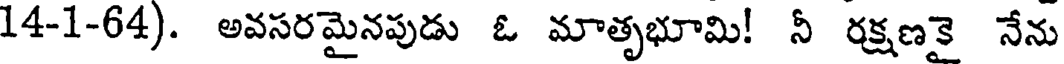
14-1-64). అవసరమైనపుడు ఓ మాతృభూమి! నీ రక్షణకై నేను